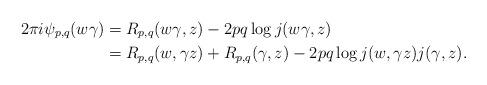
LaTeX: \begin{align*}2\pi i \psi_{p,q}(w \gamma) &= R_{p,q}(w \gamma, z) - 2pq \log j(w \gamma, z)\\&= R_{p,q}(w, \gamma z) + R_{p,q}(\gamma, z) - 2pq \log j(w, \gamma z) j(\gamma, z).\end{align*}